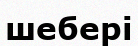
шебері